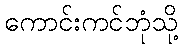
ကောင်းကင်ဘုံသို့